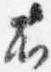
右